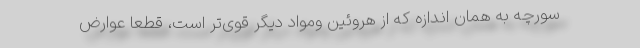
سورچه به همان اندازه که از هروئین ومواد دیگر قوی‌تر است، قطعاً عوارض